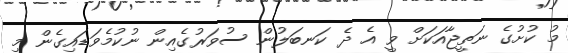
މު ކުށުގެ ނަތީޖާއަކަށް ވީ އެ ދެ ކަނބަލުން ސުވަރުގެއިން ނުކުމެވަޑައިގެން މި